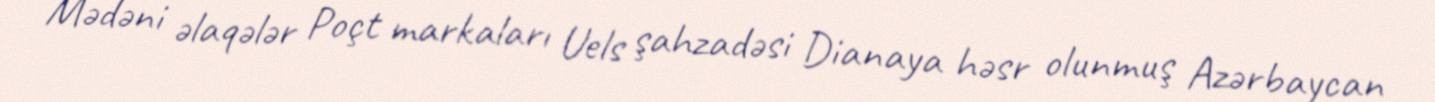
Mədəni əlaqələr Poçt markaları Uels şahzadəsi Dianaya həsr olunmuş Azərbaycan